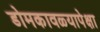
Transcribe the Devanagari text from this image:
डोमकावळ्यापेक्षा